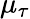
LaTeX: \mu_{\tau}